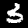
Label: 3